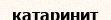
катаринит